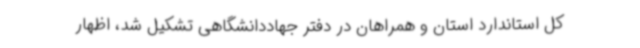
کل استاندارد استان و همراهان در دفتر جهاددانشگاهی تشکیل شد، اظهار